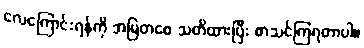
လေကြောင်းရန်ကို အမြဲတစေ သတိထားပြီး စာသင်ကြရတာပါ။